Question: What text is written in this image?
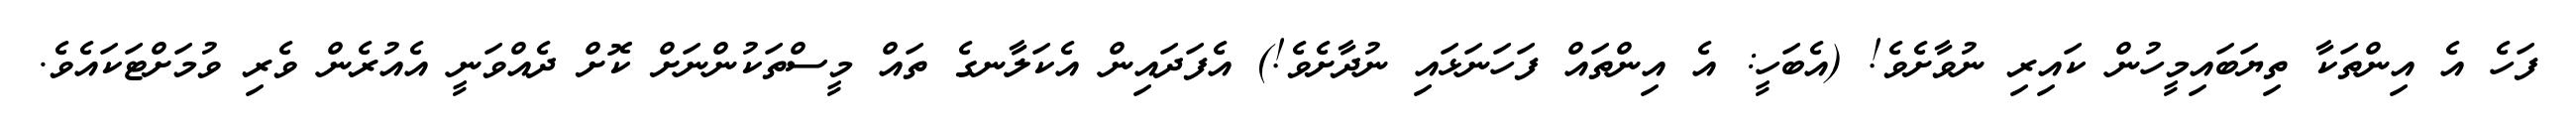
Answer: ފަހެ އެ އިންތަކާ ތިޔަބައިމީހުން ކައިރި ނުވާށެވެ! (އެބަހީ: އެ އިންތައް ފަހަނަޅައި ނުދާށެވެ!) އެފަދައިން އެކަލާނގެ ތައް މީސްތަކުންނަށް ކޮށް ދެއްވަނީ އެއުރެން ވެރި ވުމަށްޓަކައެވެ.